French and German assistants in Scottish schools and training centres, 1937
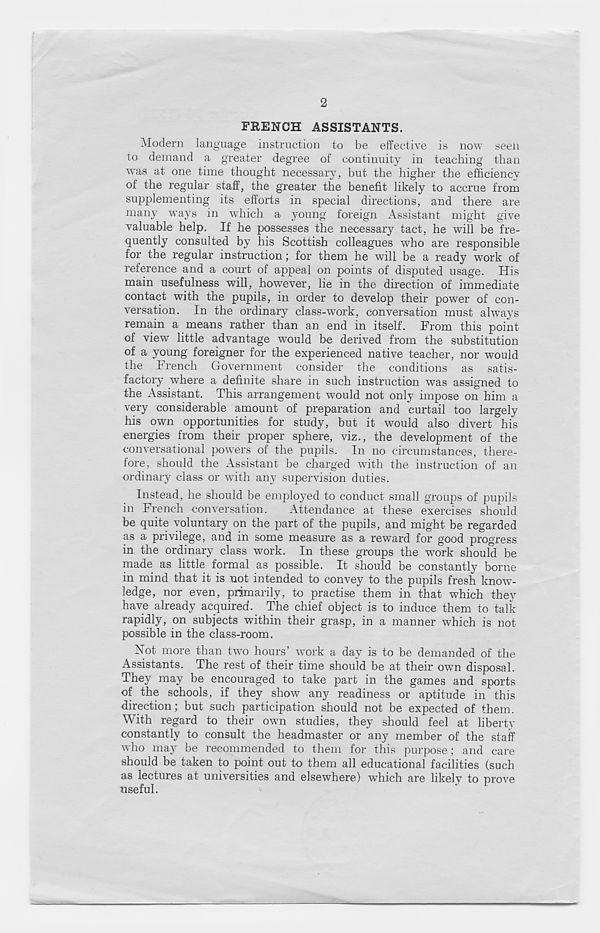
2
FRENCH ASSISTANTS.
Modern language instruction to be effective is now seen
to demand a greater degree of continuity in teaching than
was at one time thought necessary, but the higher the efficiency
of the regular staff, the greater the benefit likely to accrue from
supplementing its efforts in special directions, and there are
many ways in which a young foreign Assistant might give
valuable help. If he possesses the necessary tact, he will be fre-
quently consulted by his Scottish colleagues who are responsible
for the regular instruction; for them he will be a ready work of
reference and a court of appeal on points of disputed usage. His
main usefulness will, however, lie in the direction of immediate
contact with the pupils, in order to develop their power of con-
versation. In the ordinary class-work, conversation must always
remain a means rather than an end in itself. From this point
of view little advantage would be derived from the substitution
of a young foreigner for the experienced native teacher, nor would
the French Government consider the conditions as satis-
factory where a definite share in such instruction was assigned to
the Assistant. This arrangement would not only impose on him a
very considerable amount of preparation and curtail too largely
his own opportunities for study, but it would also divert his
energies from their proper sphere, viz., the development of the
conversational powers of the pupils. In no circumstances, there-
fore, should the Assistant be charged with the instruction of an
ordinary class or with any supervision duties.
Instead, he should be employed to conduct small groups of pupils
in French conversation.
Attendance at these exercises should
be quite voluntary on the part of the pupils, and might be regarded
as a privilege, and in some measure as a reward for good progress
in the ordinary class work. In these groups the work should be
made as little formal as possible. It should be constantly borne
in mind that it is not intended to convey to the pupils fresh know-
ledge, nor even, primarily, to practise them in that which they
have already acquired. The chief object is to induce them to talk
rapidly, on subjects within their grasp, in a manner which is not
possible in the class-room.
Aot more than two hours’ work a day is to be demanded of the
Assistants. The rest of their time should be at their own disposal.
They may be encouraged to take part in the games and sports
of the schools, if they show any readiness or aptitude in this
direction; but such participation should not be expected of them.
With regard to their own studies, they should feel at liberty
constantly to consult the headmaster or any member of the staff
who may be recommended to them for this purpose; and care
should be taken to point out to them all educational facilities (such
as lectures at universities and elsewhere) which are likely to prove
useful.